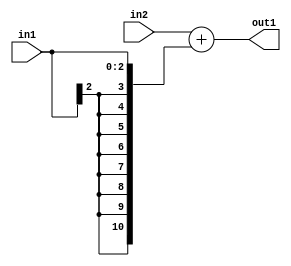
`timescale 1ps / 1ps
/*****************************************************************************
    Verilog RTL Description
    
    
    Created by: Stratus DpOpt 2019.1.01 
*******************************************************************************/

module DC_Filter_Add_9Ux3S_11S_1 (
	in2,
	in1,
	out1
	); /* architecture "behavioural" */ 
input [8:0] in2;
input [2:0] in1;
output [10:0] out1;
wire [10:0] asc001;

assign asc001 = 
	+(in2)
	+({{8{in1[2]}}, in1});

assign out1 = asc001;
endmodule

/* CADENCE  ubH4SwA= : u9/ySgnWtBlWxVPRXgAZ4Og= ** DO NOT EDIT THIS LINE ******/